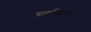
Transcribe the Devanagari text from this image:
महफिली